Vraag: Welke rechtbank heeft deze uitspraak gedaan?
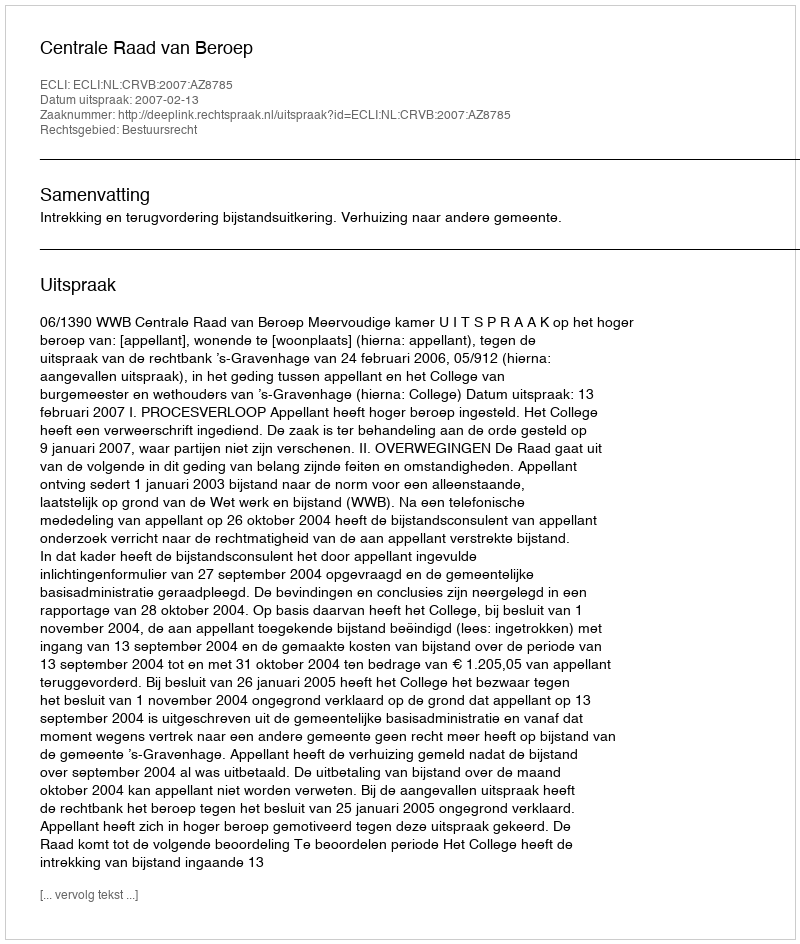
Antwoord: Centrale Raad van Beroep